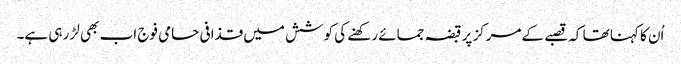
اُن کا کہنا تھا کہ قصبے کےمرکز پر قبضہ جمائے رکھنے کی کوشش میں قذافی حامی فوج اب بھی لڑ رہی ہے۔